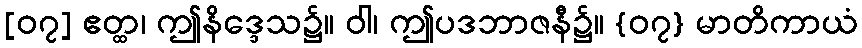
[၀၇] ဧတ္ထ၊ ဤနိဒ္ဒေသ၌။ ဝါ၊ ဤပဒဘာဇနီ၌။ {၀၇} မာတိကာယံ